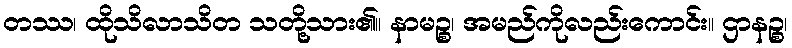
တဿ၊ ထိုသိလာသိတ သတို့သား၏။ နာမဉ္စ၊ အမည်ကိုလည်းကောင်း။ ဌာနဉ္စ၊